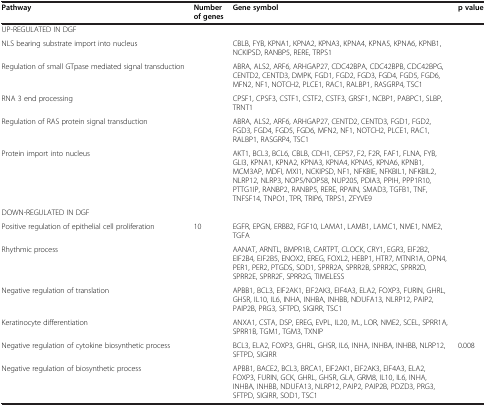
<table><thead><tr><td><b>Pathway</b></td><td><b>Number of genes</b></td><td><b>Gene symbol</b></td><td><b>p value</b></td></tr></thead><tbody><tr><td>UP-REGULATED IN DGF</td><td>[EMPTY_CELL]</td><td>[EMPTY_CELL]</td><td>[EMPTY_CELL]</td></tr><tr><td>NLS bearing substrate import into nucleus</td><td>[EMPTY_CELL]</td><td>CBLB, FYB, KPNA1, KPNA2, KPNA3, KPNA4, KPNA5, KPNA6, KPNB1, NCKIPSD, RANBP5, RERE, TRPS1</td><td>[EMPTY_CELL]</td></tr><tr><td>Regulation of small GTpase mediated signal transduction</td><td>[EMPTY_CELL]</td><td>ABRA, ALS2, ARF6, ARHGAP27, CDC42BPA, CDC42BPB, CDC42BPG, CENTD2, CENTD3, DMPK, FGD1, FGD2, FGD3, FGD4, FGD5, FGD6, MFN2, NF1, NOTCH2, PLCE1, RAC1, RALBP1, RASGRP4, TSC1</td><td>[EMPTY_CELL]</td></tr><tr><td>RNA 3 end processing</td><td>[EMPTY_CELL]</td><td>CPSF1, CPSF3, CSTF1, CSTF2, CSTF3, GRSF1, NCBP1, PABPC1, SLBP, TRNT1</td><td>[EMPTY_CELL]</td></tr><tr><td>Regulation of RAS protein signal transduction</td><td>[EMPTY_CELL]</td><td>ABRA, ALS2, ARF6, ARHGAP27, CENTD2, CENTD3, FGD1, FGD2, FGD3, FGD4, FGD5, FGD6, MFN2, NF1, NOTCH2, PLCE1, RAC1, RALBP1, RASGRP4, TSC1</td><td>[EMPTY_CELL]</td></tr><tr><td>Protein import into nucleus</td><td>[EMPTY_CELL]</td><td>AKT1, BCL3, BCL6, CBLB, CDH1, CEP57, F2, F2R, FAF1, FLNA, FYB, GLI3, KPNA1, KPNA2, KPNA3, KPNA4, KPNA5, KPNA6, KPNB1, MCM3AP, MDFI, MXI1, NCKIPSD, NF1, NFKBIE, NFKBIL1, NFKBIL2, NLRP12, NLRP3, NOP5/NOP58, NUP205, PDIA3, PPIH, PPP1R10, PTTG1IP, RANBP2, RANBP5, RERE, RPAIN, SMAD3, TGFB1, TNF, TNFSF14, TNPO1, TPR, TRIP6, TRPS1, ZFYVE9</td><td>[EMPTY_CELL]</td></tr><tr><td>DOWN-REGULATED IN DGF</td><td>[EMPTY_CELL]</td><td>[EMPTY_CELL]</td><td>[EMPTY_CELL]</td></tr><tr><td>Positive regulation of epithelial cell proliferation</td><td>10</td><td>EGFR, EPGN, ERBB2, FGF10, LAMA1, LAMB1, LAMC1, NME1, NME2, TGFA</td><td>[EMPTY_CELL]</td></tr><tr><td>Rhythmic process</td><td>[EMPTY_CELL]</td><td>AANAT, ARNTL, BMPR1B, CARTPT, CLOCK, CRY1, EGR3, EIF2B2, EIF2B4, EIF2B5, ENOX2, EREG, FOXL2, HEBP1, HTR7, MTNR1A, OPN4, PER1, PER2, PTGDS, SOD1, SPRR2A, SPRR2B, SPRR2C, SPRR2D, SPRR2E, SPRR2F, SPRR2G, TIMELESS</td><td>[EMPTY_CELL]</td></tr><tr><td>Negative regulation of translation</td><td>[EMPTY_CELL]</td><td>APBB1, BCL3, EIF2AK1, EIF2AK3, EIF4A3, ELA2, FOXP3, FURIN, GHRL, GHSR, IL10, IL6, INHA, INHBA, INHBB, NDUFA13, NLRP12, PAIP2, PAIP2B, PRG3, SFTPD, SIGIRR, TSC1</td><td>[EMPTY_CELL]</td></tr><tr><td>Keratinocyte differentiation</td><td>[EMPTY_CELL]</td><td>ANXA1, CSTA, DSP, EREG, EVPL, IL20, IVL, LOR, NME2, SCEL, SPRR1A, SPRR1B, TGM1, TGM3, TXNIP</td><td>[EMPTY_CELL]</td></tr><tr><td>Negative regulation of cytokine biosynthetic process</td><td>[EMPTY_CELL]</td><td>BCL3, ELA2, FOXP3, GHRL, GHSR, IL6, INHA, INHBA, INHBB, NLRP12, SFTPD, SIGIRR</td><td>0.008</td></tr><tr><td>Negative regulation of biosynthetic process</td><td>[EMPTY_CELL]</td><td>APBB1, BACE2, BCL3, BRCA1, EIF2AK1, EIF2AK3, EIF4A3, ELA2, FOXP3, FURIN, GCK, GHRL, GHSR, GLA, GRM8, IL10, IL6, INHA, INHBA, INHBB, NDUFA13, NLRP12, PAIP2, PAIP2B, PDZD3, PRG3, SFTPD, SIGIRR, SOD1, TSC1</td><td>[EMPTY_CELL]</td></tr></tbody></table>